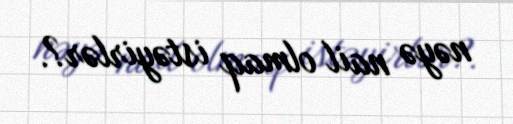
nəyə nail olmaq istəyirlər?.